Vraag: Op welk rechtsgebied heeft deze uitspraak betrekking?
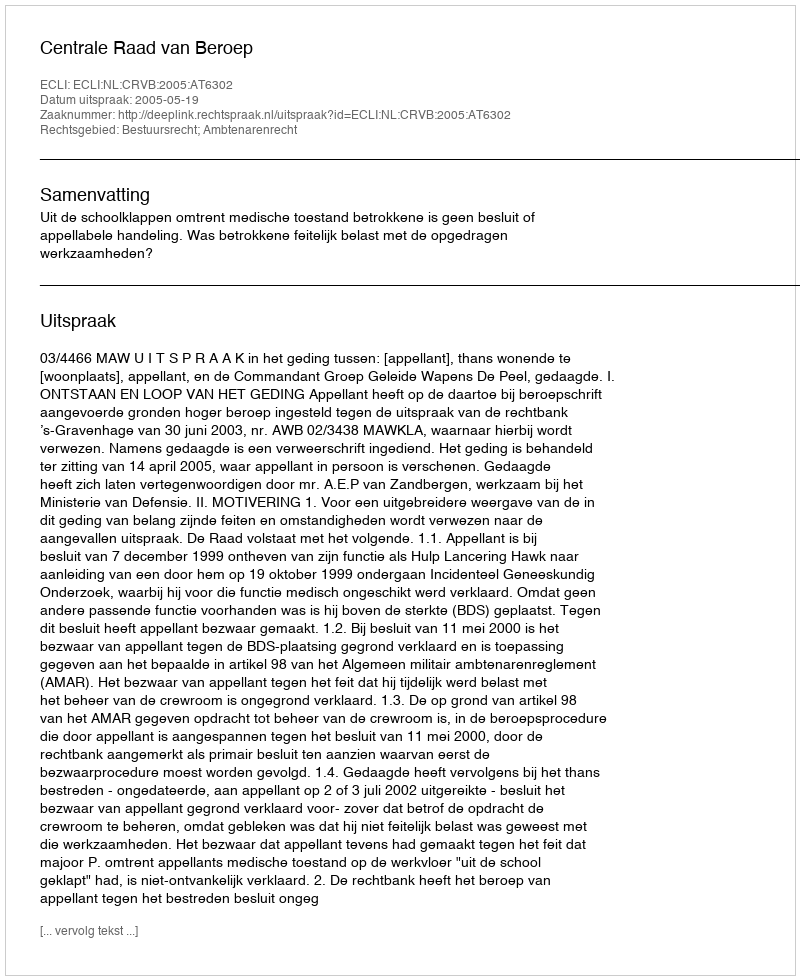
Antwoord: Bestuursrecht; Ambtenarenrecht